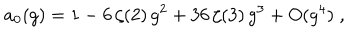
a _ { 0 } ( g ) = 1 - 6 \, \zeta ( 2 ) \, g ^ { 2 } + 3 6 \, \zeta ( 3 ) \, g ^ { 3 } + O ( g ^ { 4 } ) \; ,